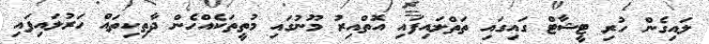
ލައިގެން ހުރި ޓީޝާޓް ގައިގައި ތަތްލައިފައި އޮތްއިރު މޫނުގައި މުތީތަކެއްހެން ދާތިކިތައް ހަރުލައިފައި